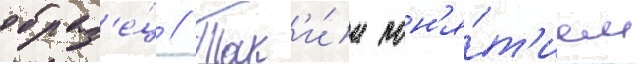
образ'е́ц // Так'и́м пон'я́т'ием